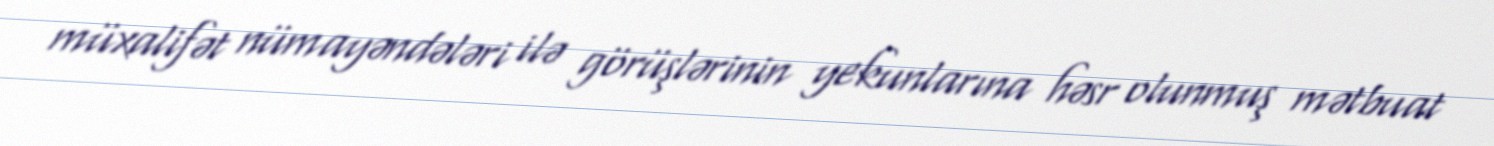
müxalifət nümayəndələri ilə görüşlərinin yekunlarına həsr olunmuş mətbuat